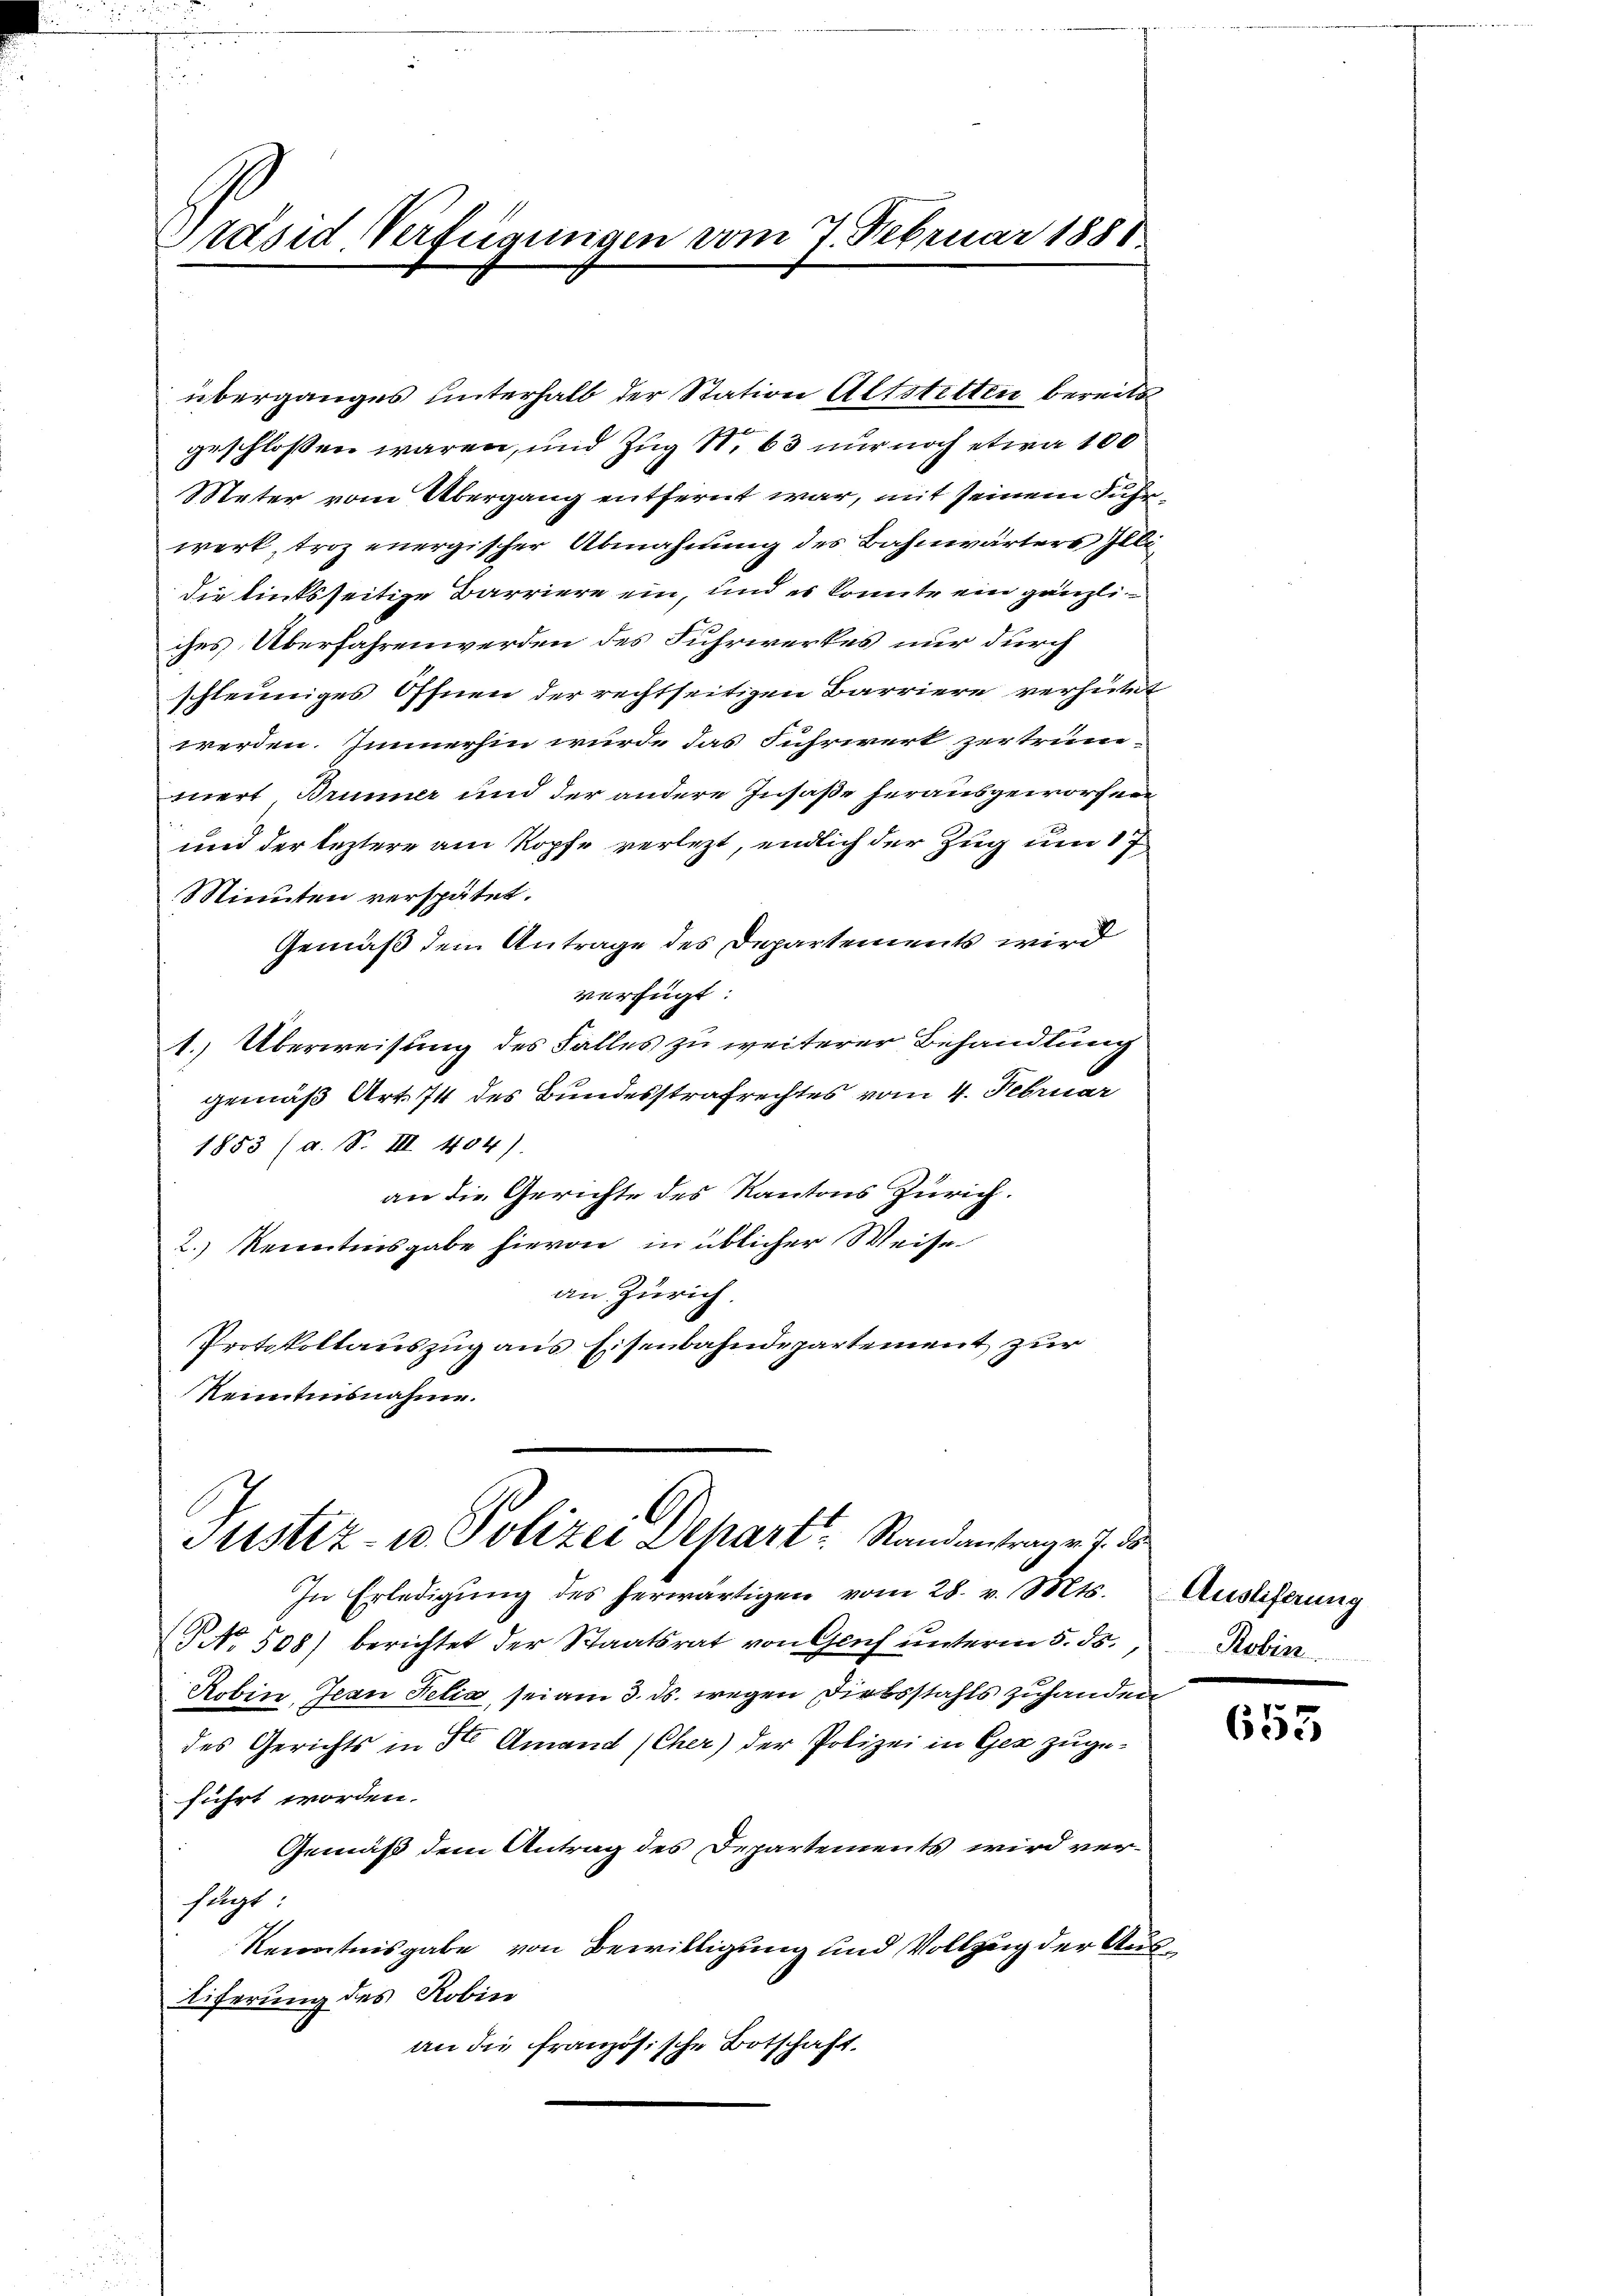
räsid. Verfügungen vom 7. Februar 1881.

überganges unterhalb der Station Altstetten bereits
geschlossen wären, und Zug S. 63 nur noch etwa 100
Meter vom Übergang entfernt war, mit seinem Fuhrwerk, troz energischer Abmahnung des Bahnwärters Illi
die linksseitige Barriere ein, und es konnte ein gänzliches Überfahren werden des Fuhrwerkes nur durch
schleuniges Öffnen der rechtseitigen Barriere verhütet
werden. Immerhin wurde das Fuhrwerk zertrüm-
niert Brunner und der andere Insase herausgeworfen
und der leztere am Kopfe verlezt, endlich der Zug um 17
Minuten verspätet.
Gemäß dem Antrage des Departements wird
verfügt
1. Überweisung des Falles zu weiterer Behandlung
gemäß Art. 74 des Bundesstrafrechtes vom 4. Februar
1853 (a. S. III 404).
an die Gerichte des Kantons Zürich.
2. Renntensgabe hievon in üblicher Weise
an Zürich.
Protokollauszug aus Eisenbahndepartement zur
Renntnisnahme.

Justiz- u. Polizei Dehart Randantrag v. 7. d.

In Erledigung des herwärtigen vom 28. v. Mts.
No 508) berichtet der Staatsrat von Glich ŭnterm 5. ds., Robin.
Robin, Jean Petia, sei am 3. ds. wegen Diebstahls zuhanden
des Gerichts in St. Amand (Cher) der Polizei in Ger zugeführt worden.
Gemäß dem Antrag des Departements wird verfügt
Kenntnisgabe von Bewilligung und Vollzug der Aus¬
Eiferung des Robin
an die französische Botschaft.

sch
Auslieferung

653